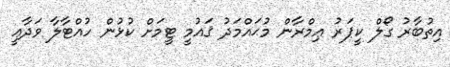
އިތުބާރު ގޯލް ކީޕަރު ޢިމްރާން މުޙައްމަދު ޤައުމީ ޓީމަށް ކުޅުން ހުއްޓާލާ ވަދާޢީ